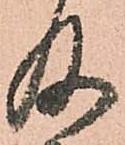
及